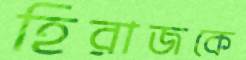
হিরাজকে